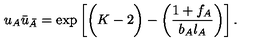
u _ { A } \bar { u } _ { \bar { A } } = \exp \left[ \bigg ( K - 2 \bigg ) - \left( { \frac { 1 + f _ { A } } { b _ { A } \l _ { A } } } \right) \right] .